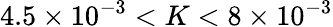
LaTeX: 4.5\times 10^{-3}<K<8\times 10^{-3}